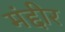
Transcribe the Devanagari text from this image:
मंद्दीर